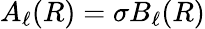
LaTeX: A_{\ell}(R)=\sigma B_{\ell}(R)